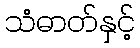
သံဓာတ်နှင့်